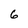
Character: 6